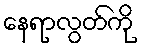
နေရာလွတ်ကို